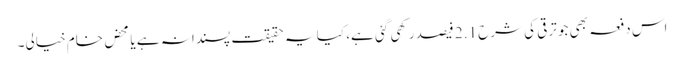
اس دفعہ بھی جو ترقی کی شرح 2.1 فیصد رکھی گئی ہے، کیا یہ حقیقت پسندانہ ہے یا محض خام خیالی۔